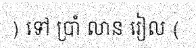
) ទៅ ប្រាំ លាន រៀល (